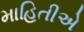
માહિતીએ